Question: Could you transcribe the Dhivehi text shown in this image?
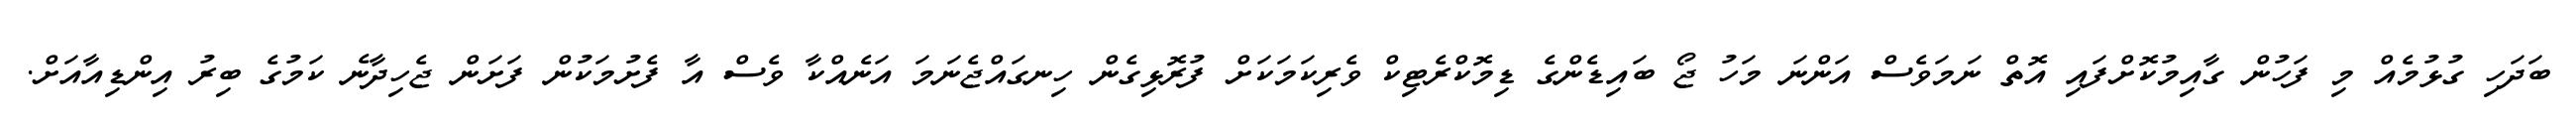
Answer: ބަދަހި ގުޅުމެއް މި ފަހުން ގާއިމުކޮށްފައި އޮތް ނަމަވެސް އަންނަ މަހު ޖޯ ބައިޑެންގެ ޑިމޮކްރެޓިކް ވެރިކަމަކަށް ފުރޮޅިގެން ހިނގައްޖެނަމަ އަނެއްކާ ވެސް އާ ފެށުމަކުން ފަށަން ޖެހިދާނެ ކަމުގެ ބިރު އިންޑިއާއަށް.